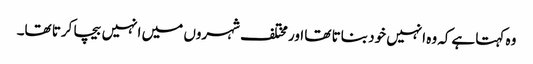
وہ کہتا ہےکہ وہ انہیں خود بناتا تھا اور مختلف شہروں میں انہیں بیچا کرتا تھا۔